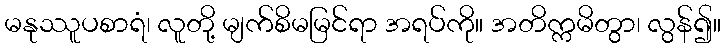
မနုဿူပစာရံ၊ လူတို့ မျက်စိမမြင်ရာ အရပ်ကို။ အတိက္ကမိတွာ၊ လွန်၍။